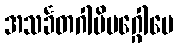
အသင်္ခတဂါမိမဂ္ဂေါပေ